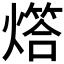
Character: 𤏧